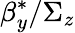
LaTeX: \beta_{y}^{*}/\Sigma_{z}